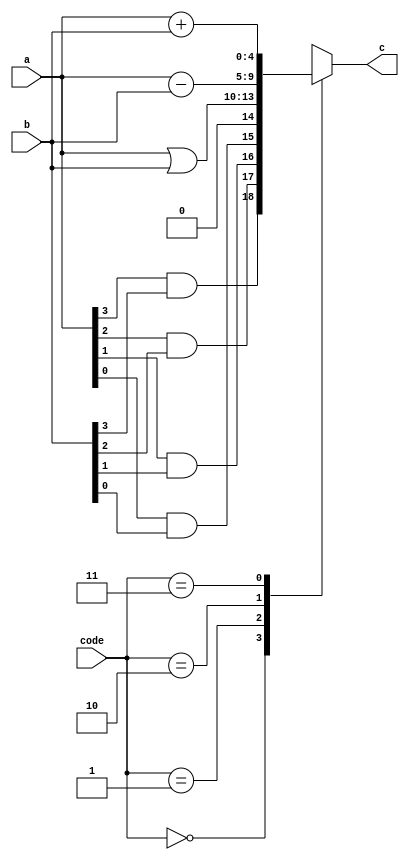
module alutask(code,a,b,c);
input[1:0] code;
input[3:0] a,b;
output[4:0] c;
reg[4:0] c;
task my_and; //
input[3:0] a,b; //a,b,out task 
output[4:0] out;
integer i;
begin
for(i=3;i>=0;i=i-1)
out[i]=a[i]&b[i]; //
end
endtask
always@(code or a or b)
begin
case(code)
2'b00: my_and(a,b,c);
/* my_anda,b,c
a,b,out */
2'b01: c=a|b; //
2'b10: c=a-b; //
2'b11: c=a+b; //
endcase
end
endmodule